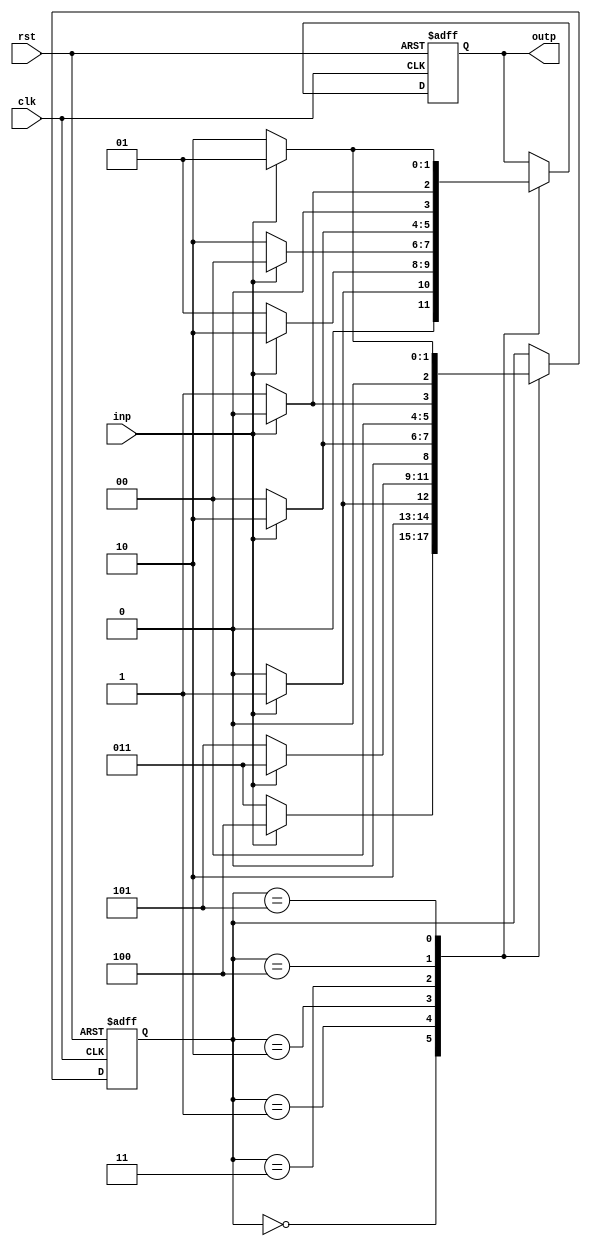
`timescale 1ns / 1ps
//////////////////////////////////////////////////////////////////////////////////
//Assignment Number: 4
//Problem Number: 2
//Semester: 5
//Group Number: G39
//Group Member 1: Aayush Prasad 18CS30002
//Group Member 2: Rajdeep Das 18CS30034
//Module Name: multiple_of_three_detector
//////////////////////////////////////////////////////////////////////////////////


module multiple_of_three_detector( clk, rst, inp, outp);

input clk, rst, inp;
output reg [1:0] outp;
reg [2:0] state;

//total number of states = 6
parameter S0 = 0, S1 = 1, S2 = 2, S3 = 3, S4 = 4, S5 = 5;

always @( posedge clk, posedge rst ) begin
if( rst ) begin
   state <= S0;
   outp <= 0;
end
else  begin
   case( state )
   S0: begin
        if( inp ) begin
           state <= S4;
           outp  <= 1;
        end
        else begin
            state <= S3;
            outp <= 0;
        end
   end

   S1: begin
        if( inp ) begin
            state <= S5;
            outp  <= 2;
        end
        else  begin
           state <= S4;
           outp <= 1;
        end
   end
   S2: begin
        if( inp ) begin
            state <= S3;
            outp  <= 0;
        end
        else  begin
           state <= S5;
           outp <= 2;
        end
   end
   S3: begin
        if( inp ) begin
           state <= S2;
           outp  <= 2;
        end
        else begin
            state <= S0;
            outp <= 0;
        end
   end

   S4: begin
        if( inp ) begin
            state <= S0;
            outp  <= 0;
        end
        else  begin
           state <= S1;
           outp <= 1;
        end
   end
   S5: begin
        if( inp ) begin
            state <= S1;
            outp  <= 1;
        end
        else  begin
           state <= S2;
           outp <= 2;
        end
   end
 endcase
end
end

endmodule